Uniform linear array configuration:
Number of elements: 16
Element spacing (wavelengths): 0.5
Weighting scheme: hann
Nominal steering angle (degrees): -15
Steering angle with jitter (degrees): -13.862
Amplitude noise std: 0.05
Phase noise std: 0.05

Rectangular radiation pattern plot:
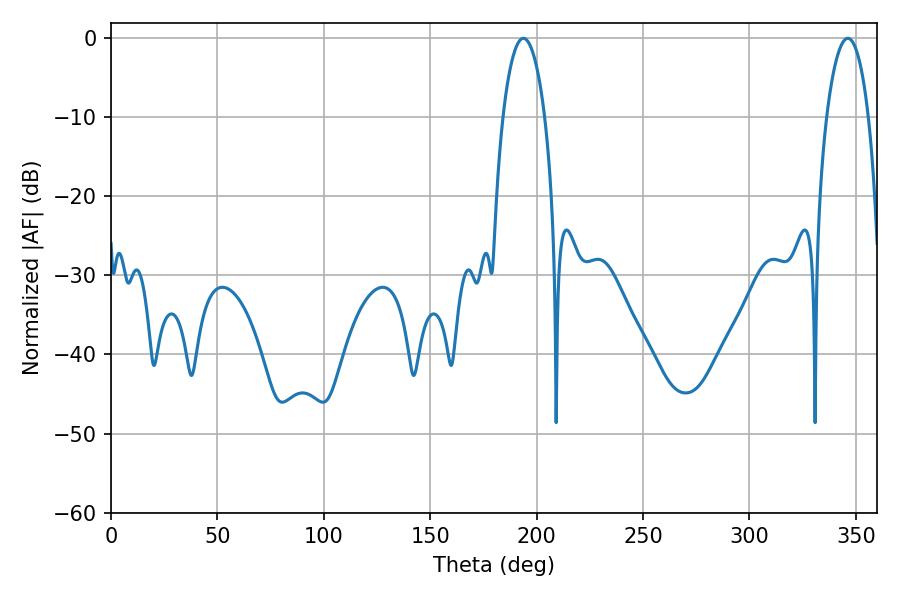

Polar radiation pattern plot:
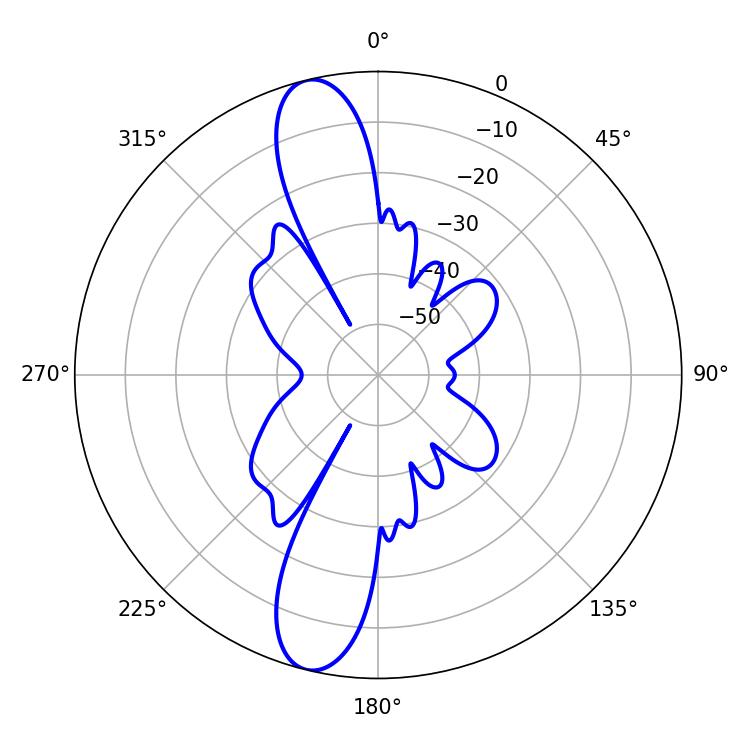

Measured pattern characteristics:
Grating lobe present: FALSE
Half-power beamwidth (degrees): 11.16
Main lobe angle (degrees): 193.86